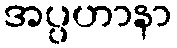
အပ္ပဟာနာ